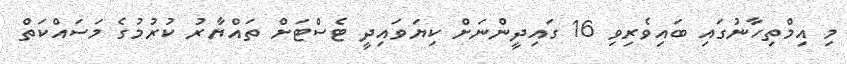
މި އިމްތިހާނުގައި ބައިވެރިވި 16 ގައިދީންނަށް ކިޔަވައިދީ ޓެސްޓަށް ތައްޔާރު ކުރުމުގެ މަސައްކަތް